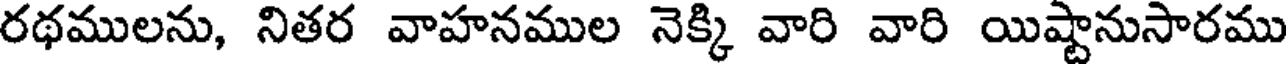
రథములను, నితర వాహనముల నెక్కి వారి వారి యిష్టానుసారము